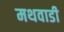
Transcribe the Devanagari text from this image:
मथवाडी